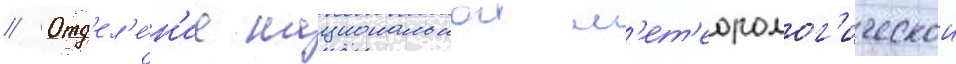
// Отд'ел'е́н'ие национальнои м'ет'еоролог'ическои